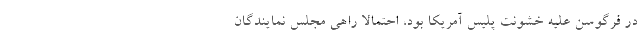
در فرگوسن علیه خشونت پلیس آمریکا بود، احتمالا راهی مجلس نمایندگان